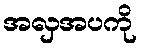
အလှအပကို